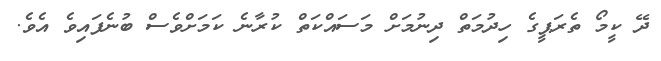
ދޭ ކީމޯ ތެރަޕީގެ ހިދުމަތް ދިނުމަށް މަަސައްކަތް ކުރާނެ ކަމަށްވެސް ބުނެފައިވެ އެވެ.